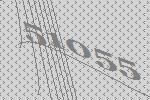
51055